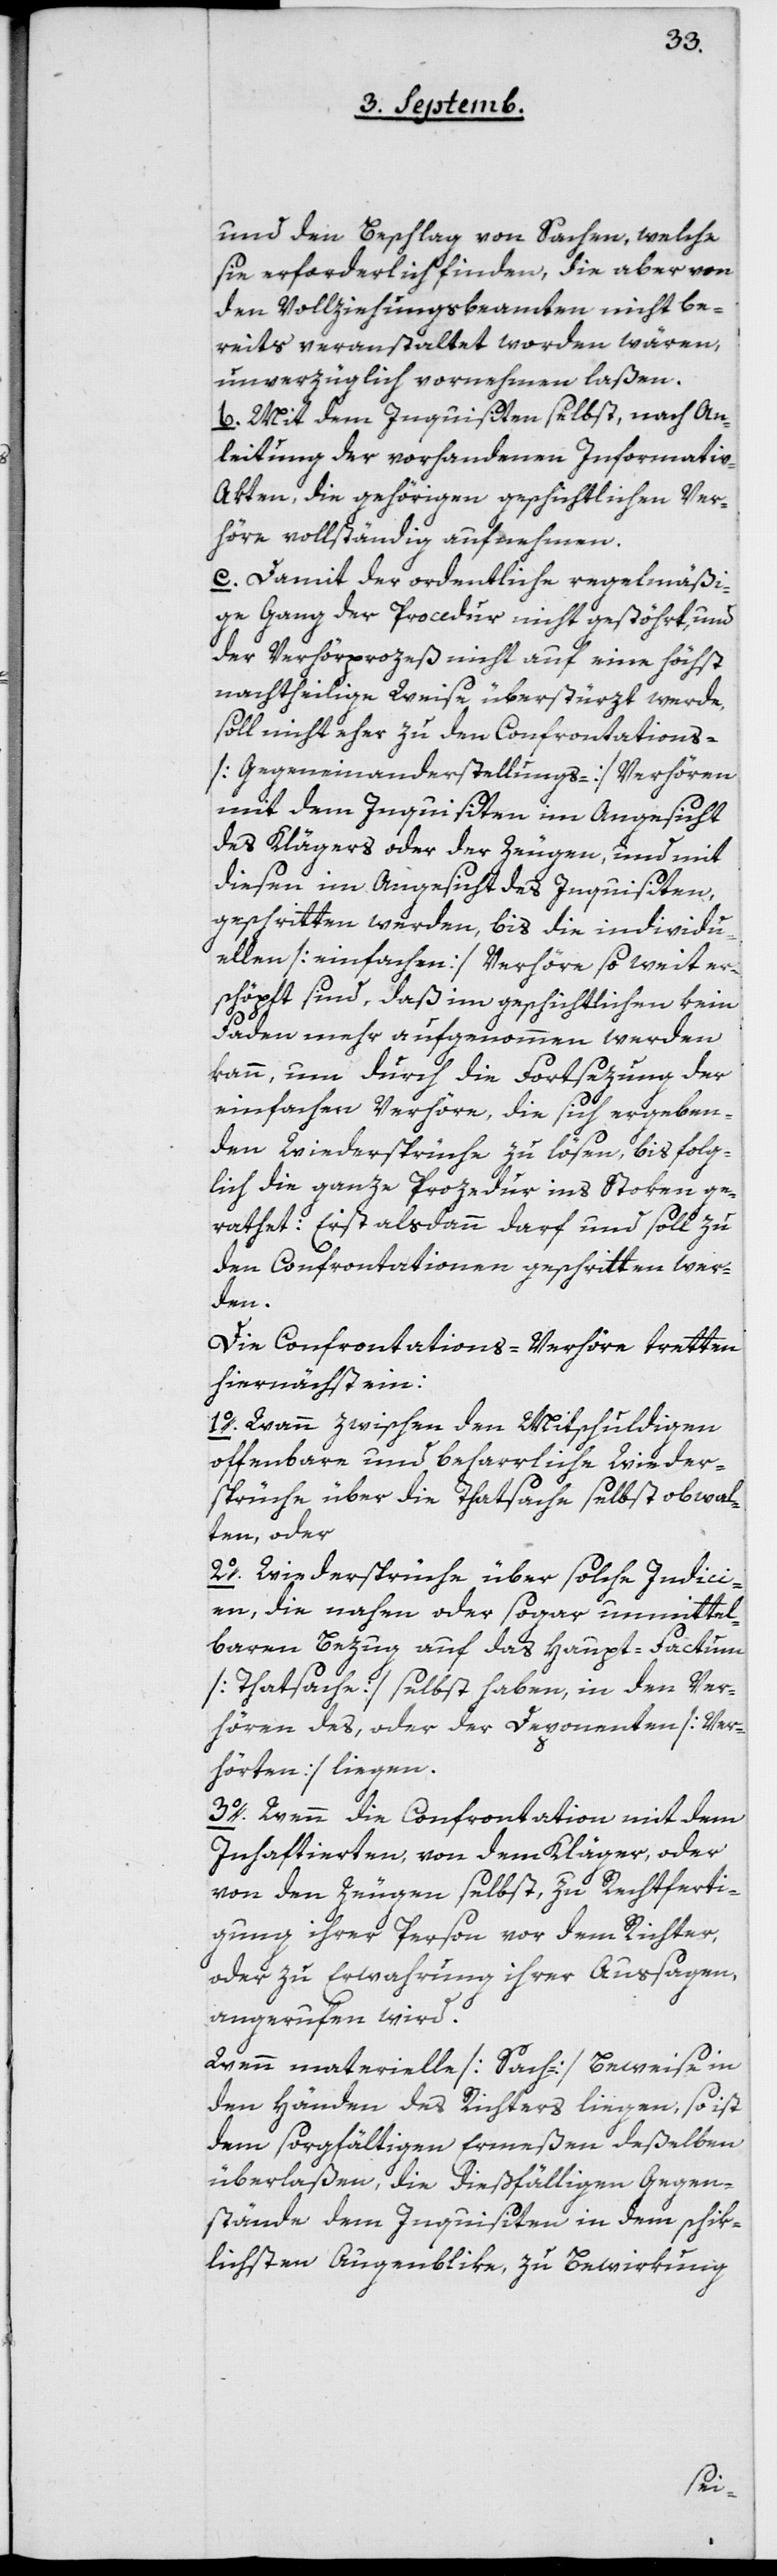
und den Beschlag von Sachen, welche
sie erforderlich finden, die aber von
den Vollziehungsbeamten nicht be¬
reits veranstaltet worden wären,
unverzüglich vornehmen laßen.
b. Mit dem Inquisiten selbst, nach An¬
leitung der vorhandenen Informati¬
v-Akten, die gehörigen geschichtlichen Ver¬
höre vollständig aufnehmen.
c. Damit der ordentliche regelmäßi¬
ge Gang der Procedur nicht gestört, und
der Verhörprozeß nicht auf eine höchst
nachtheilige Weise überstürzt werde,
soll nicht eher zu den Confrontations-
[Gegeneinanderstellungs-] Verhören
mit dem Inquisiten im Angesicht
des Klägers oder der Zeugen und mit
diesen im Angesicht des Inquisiten
geschritten werden, bis die individu¬
ellen [einfachen] Verhöre so weit er¬
schöpft sind, daß im Geschichtlichen kein
Faden mehr aufgenommen werden
kann, um durch die Fortsetzung der
einfachen Verhöre, die sich ergeben¬
den Wiedersprüche zu lösen, bis folg¬
lich die ganze Prozedur ins Stoken ge¬
rathet: Erst alsdann darf und soll zu
den Confrontationen geschritten wer¬
den.
Die Confrontations-Verhöre tretten
hiernächst ein:
1o Wann zwischen den Mitschuldigen
offenbare und beharrliche Wieder¬
sprüche über die Thatsache selbst obwal¬
ten, oder
2o Wiedersprüche über solche Indici¬
en, die nahen oder sogar unmittel¬
baren Bezug auf das Haupt-Factum
[Thatsache] selbst haben, in den Ver¬
hören des, oder der Deponenten [Ver¬
hörten] liegen.
3o Wenn die Confrontation mit dem
Inhaftierten von dem Kläger, oder
von den Zeugen selbst, zu Rechtferti¬
gung ihrer Person vor dem Richter,
oder zur Erwahrung ihrer Aussagen,
angerufen wird.
Wenn materielle [Sach-] Beweise in
den Händen des Richters liegen, so ist
dem sorgfältigen Ermeßen deßelben
überlaßen, die dießfälligen Gegen¬
stände dem Inquisiten in dem schik¬
lichsten Augenblike, zu Bewirkung